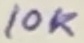
Text: 10K